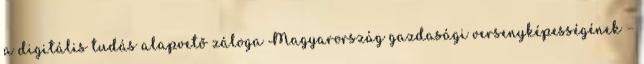
a digitális tudás alapvető záloga Magyarország gazdasági versenyképességének –